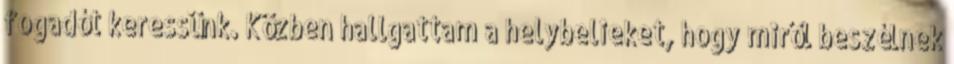
fogadót keressünk. Közben hallgattam a helybelieket, hogy miről beszélnek